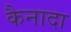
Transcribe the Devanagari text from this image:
कैनादा